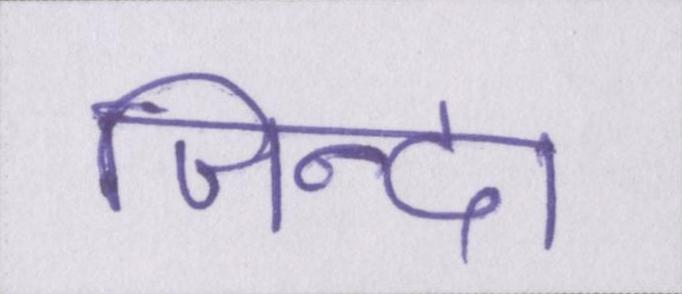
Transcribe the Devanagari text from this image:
जिन्दा